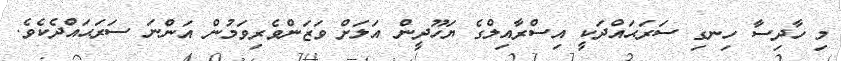
މި ހާދިސާ ހިނގި ސަރަޙައްދަކީ އިސްރާއިލްގެ ޔަހޫދީން އަލަށް ވަޒަންވެރިވަމުން އަންނަ ސަރަޙައްދެކެވެ.